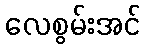
လေစွမ်းအင်